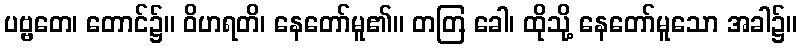
ပဗ္ဗတေ၊ တောင်၌။ ဝိဟရတိ၊ နေတော်မူ၏။ တတြ ခေါ၊ ထိုသို့ နေတော်မူသော အခါ၌။